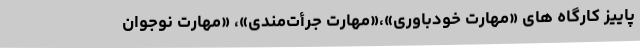
پاییز کارگاه های «مهارت خودباوری»،«مهارت جرأت‌مندی»، «مهارت نوجوان